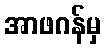
အာဖဂန်မှ